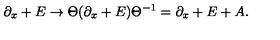
\partial _ { x } + E \to \Theta ( \partial _ { x } + E ) \Theta ^ { - 1 } = \partial _ { x } + E + A .